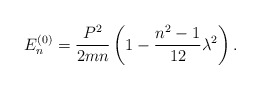
\begin{align*}E_n^{(0)}={P^2\over 2 m n}\left (1-{n^2-1\over 12 }\lambda^2\right).\end{align*}